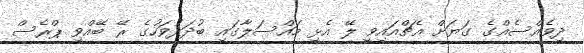
ދިވެއްސެއްގެ ގަޔަށް އެޗްއައިވީ ލޭ އެޅި މައްސަލާގައި ބުދަދުވަހުގެ ރޭ ބޭއްވި ޕްރެސް